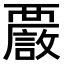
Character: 𧠂